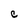
Character: C